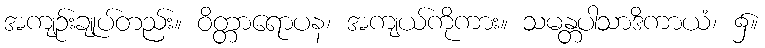
အကျဉ်းချုပ်တည်း။ ဝိတ္တာရောပန၊ အကျယ်ကိုကား။ သမန္တပါသာဒိကာယံ၊ ၌။